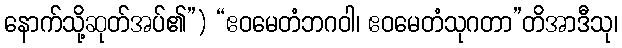
နောက်သို့ဆုတ်အပ်၏”) “ဧဝမေတံဘဂဝါ၊ ဧဝမေတံသုဂတာ”တိအာဒီသု၊